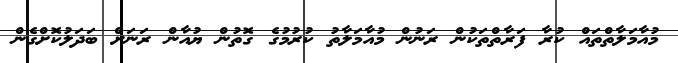
މުއާމަލާތްތައް ކުރާ ފަރާތްތަކުން ރަނުން މުއާމަލާތު ކުރުމުގެ ގޮތުން ޔުއާން ރަނަށް ބަދަލުކޮށްގެން